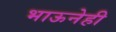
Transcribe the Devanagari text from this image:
भाऊनेही